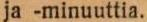
ja -minuuttia.